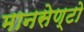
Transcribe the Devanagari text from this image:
मानसेण्टो